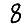
Digit: 8